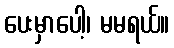
ပေးမှာပေါ့၊ မမရယ်။